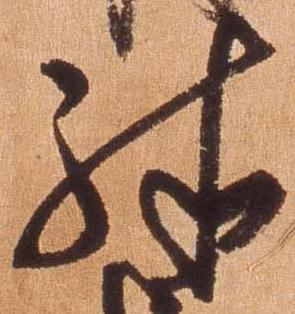
殊